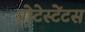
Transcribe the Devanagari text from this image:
प्रोटेस्टेंटस